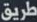
طريق